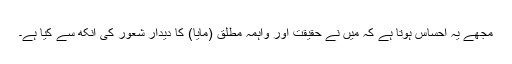
مجھے یہ احساس ہوتا ہے کہ میں نے حقیقت اور واہمہِ مطلق (مایا) کا دیدار شعور کی آنکھ سے کیا ہے۔